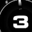
Digit: 3